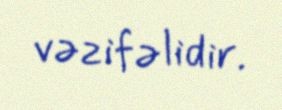
vəzifəlidir.